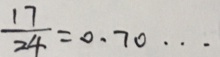
\frac { 1 7 } { 2 4 } = 0 . 7 0 \cdots